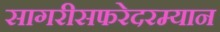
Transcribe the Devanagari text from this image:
सागरीसफरेदरम्यान